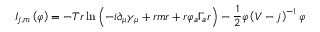
I _ { j , m } \left( \varphi \right) = - T r \ln \left( - i \partial _ { \mu } \gamma _ { \mu } + r m r + r \varphi _ { a } \Gamma _ { a } r \right) - \frac 1 2 \varphi \left( V - j \right) ^ { - 1 } \varphi